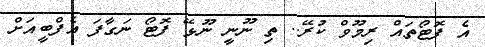
އެ ފޮޓޯތައް ރިމޫވް ކުރޭ.. ތި ނޫނީ ނޫޅޭ ފޮޓޯ ނަގާފަ އެފްބީއަށް